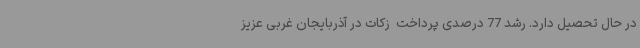
در حال تحصیل دارد. رشد 77 درصدی پرداخت  زکات در آذربایجان غربی عزیز